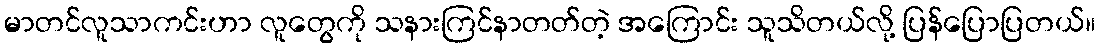
မာတင်လူသာကင်းဟာ လူတွေကို သနားကြင်နာတတ်တဲ့ အကြောင်း သူသိတယ်လို့ ပြန်ပြောပြတယ်။